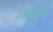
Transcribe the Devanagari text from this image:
राजमुद्राओं